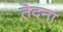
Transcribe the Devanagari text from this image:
तॆदना